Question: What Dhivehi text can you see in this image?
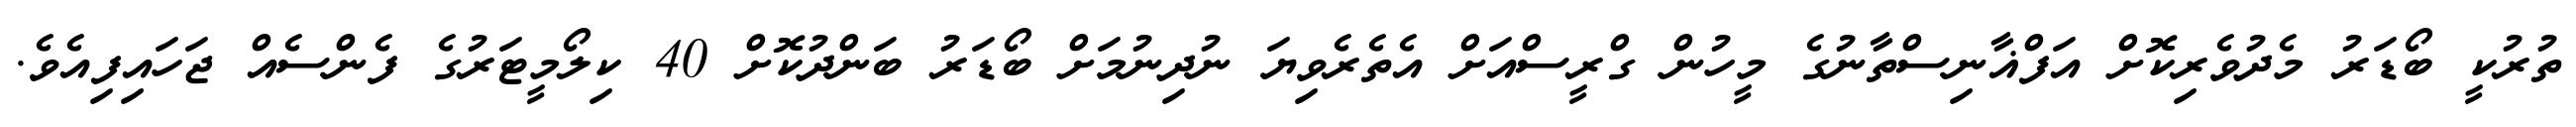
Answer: ތުރުކީ ބޯޑަރު މެދުވެރިކޮށް އަފްޣާނިސްތާނުގެ މީހުން ގްރީސްއަށް އެތެރެވިޔަ ނުދިނުމަށް ބޯޑަރު ބަންދުކޮށް 40 ކިލޯމީޓަރުގެ ފެންސެއް ޖަހައިފިއެވެ.